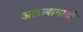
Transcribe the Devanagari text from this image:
अलाबामाची